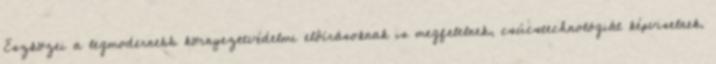
Eszközei a legmodernebb környezetvédelmi elôírásoknak is megfelelnek, csúcstechnológiát képviselnek.